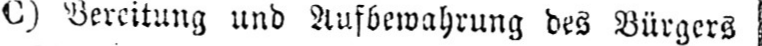
C) Bereitung und Aufbewahrung des Bürgers